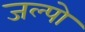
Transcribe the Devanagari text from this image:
जल्पो